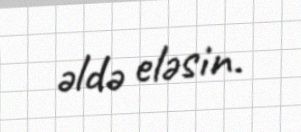
əldə eləsin.